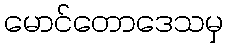
မောင်တောဒေသမှ